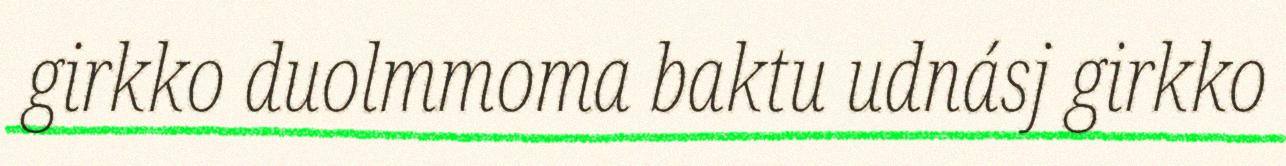
girkko duolmmoma baktu udnásj girkko